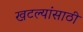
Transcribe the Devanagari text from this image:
खटल्यांसाठी